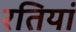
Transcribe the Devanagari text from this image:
रतियां